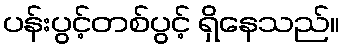
ပန်းပွင့်တစ်ပွင့် ရှိနေသည်။